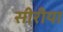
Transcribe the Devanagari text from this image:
सीरीया